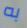
به